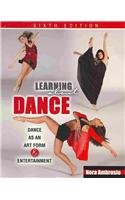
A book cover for Learning About Dance: Dance as an Art Form and Entertainment; AMBROSIO  NORA; Humor & Entertainment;